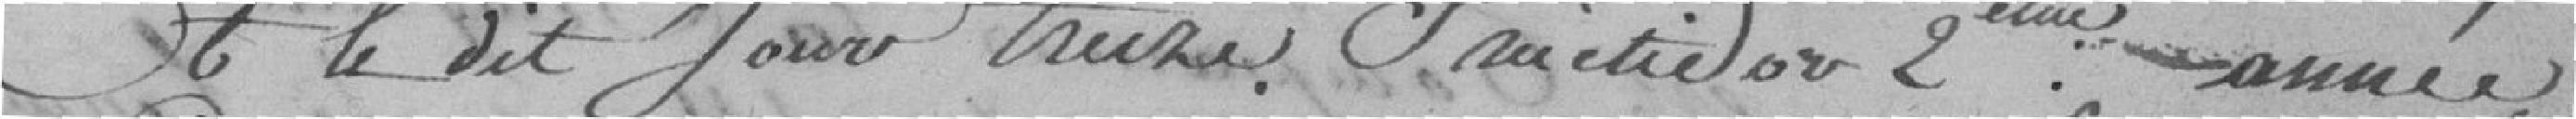
Et le dit jour treize fructidor deuxième année